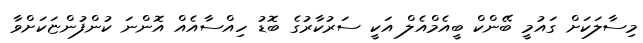
މިސާލަކަށް ގައުމީ ބޭންކް ބީއެމްއެލް އަކީ ސަރުކާރުގެ ބޮޑު ހިއްސާއެއް އޮންނަ ކުންފުންޏަކަށްވާ